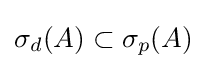
\sigma _{d}(A)\subset \sigma _{p}(A)